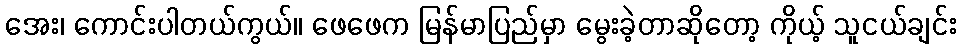
အေး၊ ကောင်းပါတယ်ကွယ်။ ဖေဖေက မြန်မာပြည်မှာ မွေးခဲ့တာဆိုတော့ ကိုယ့် သူငယ်ချင်း